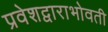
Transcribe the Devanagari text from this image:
प्रवेशद्वाराभोवती